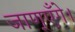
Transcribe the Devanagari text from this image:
जाण्‌एँगे।